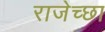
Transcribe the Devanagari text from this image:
राजेच्छा